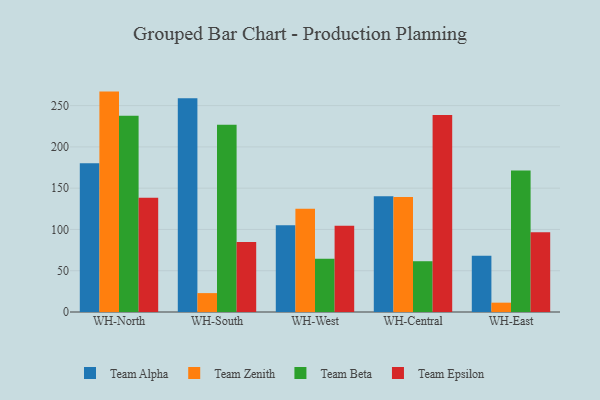
{"axis": {"x": "Warehouse", "y": "Net Income (USD K)"}, "legend": ["Team Alpha", "Team Beta", "Team Epsilon", "Team Zenith"], "data": [{"x": "WH-North", "y": 180.2, "type": "Team Alpha"}, {"x": "WH-North", "y": 267.0, "type": "Team Zenith"}, {"x": "WH-North", "y": 237.8, "type": "Team Beta"}, {"x": "WH-North", "y": 138.4, "type": "Team Epsilon"}, {"x": "WH-South", "y": 258.9, "type": "Team Alpha"}, {"x": "WH-South", "y": 22.9, "type": "Team Zenith"}, {"x": "WH-South", "y": 226.9, "type": "Team Beta"}, {"x": "WH-South", "y": 84.9, "type": "Team Epsilon"}, {"x": "WH-West", "y": 105.0, "type": "Team Alpha"}, {"x": "WH-West", "y": 125.1, "type": "Team Zenith"}, {"x": "WH-West", "y": 64.5, "type": "Team Beta"}, {"x": "WH-West", "y": 104.6, "type": "Team Epsilon"}, {"x": "WH-Central", "y": 140.2, "type": "Team Alpha"}, {"x": "WH-Central", "y": 139.2, "type": "Team Zenith"}, {"x": "WH-Central", "y": 61.5, "type": "Team Beta"}, {"x": "WH-Central", "y": 238.7, "type": "Team Epsilon"}, {"x": "WH-East", "y": 68.0, "type": "Team Alpha"}, {"x": "WH-East", "y": 11.3, "type": "Team Zenith"}, {"x": "WH-East", "y": 171.5, "type": "Team Beta"}, {"x": "WH-East", "y": 96.6, "type": "Team Epsilon"}]}